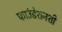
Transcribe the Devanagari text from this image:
फाउंडेशनशी